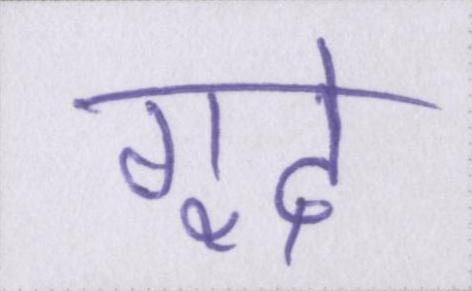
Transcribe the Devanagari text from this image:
गूदे